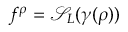
\begin{array} { r } { f ^ { \boldsymbol \rho } = \mathcal { S } _ { L } ( { \boldsymbol \gamma } ( { \boldsymbol \rho } ) ) } \end{array}